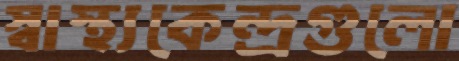
স্বাস্থ্যকেন্দ্রগুলো